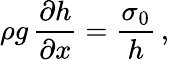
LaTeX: \rho g\, \frac{\partial h}{\partial x}=\frac{\sigma_{0}}{h}\, ,